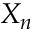
X _ { n }